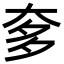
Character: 奓